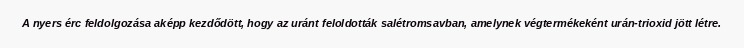
A nyers érc feldolgozása aképp kezdődött, hogy az uránt feloldották salétromsavban, amelynek végtermékeként urán-trioxid jött létre.